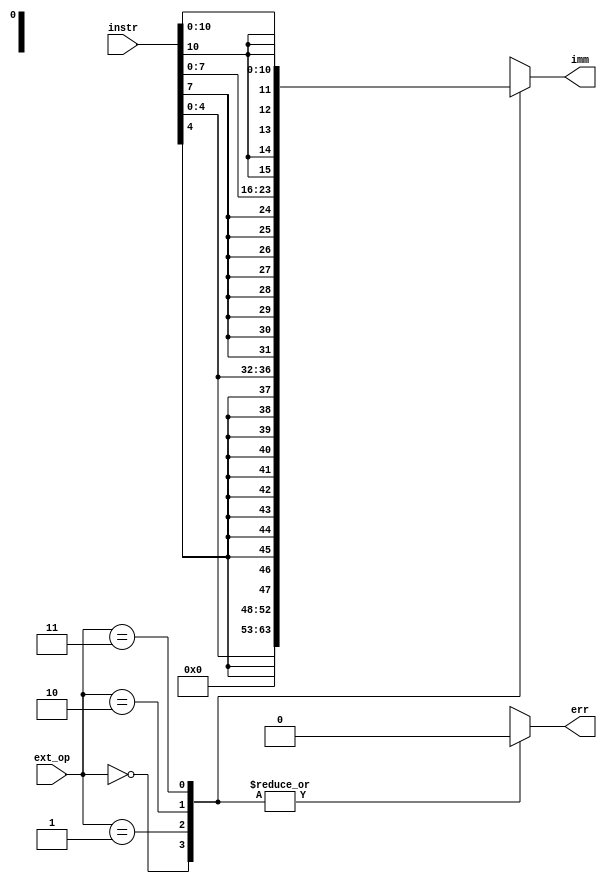
/*
* Sign-extends a given immediate to 16 bits based on the instruction.
*/
module sext(instr, ext_op, imm, err);
    input      [15:0] instr;
    input      [1:0]  ext_op;
    output reg [15:0] imm;
    output reg err;

    /* here are all the instructions that need sign extension:
    * 
    * I1 format instructions
    * 01000 (addi)
    * 01001 (subi)
    * 01010 (xori)
    * 01011 (andni)
    * 10000 (st)
    * 10001 (ld)
    * 10011 (stu)
    *
    * I2 format instructions
    * 01100 (beqz)
    * 01101 (bnez)
    * 01110 (bltz)
    * 01111 (bgez)
    * 11000 (lbi)
    * 10010 (slbi)
    * 00101 (jr)
    * 00111 (jalr)
    *
    * J format instructions
    * 00100 (j)
    * 00110 (jal) 
    *
    * 
    * I format 1: [15:11] = opcode, [10:8] = Rs, [7:5] = Rd, [4:0] = imm
    *   - logical instructions are zero extended
    *   - arithmetic instructions are sign extended
    *
    * I format 2: [15:11] = opcode, [10:8] = Rs, [7:0] = imm
    *   - slbi is zero extended
    *   - everything else is sign extended
    *
    * J format: [15:11] = opcode, [10:0] = displ
    *   - all are sign extended
    */

   /*
    * Immediate extension operations.
    * Opcode | extension
    * 00     | zext(instr[4:0])
    * 01     | sext(instr[4:0])
    * 10     | sext(instr[7:0])
    * 11     | sext(instr[10:0])
    */
    always @ (*) begin
        err = 1'b0;
        case (ext_op)
            2'b00: imm = {{11{1'b0}}, instr[4:0]};
            2'b01: imm = {{11{instr[4]}}, instr[4:0]};
            2'b10: imm = {{8{instr[7]}}, instr[7:0]};
            2'b11: imm = {{5{instr[10]}}, instr[10:0]};
            default: err = 1'b1;
        endcase
    end
endmodule